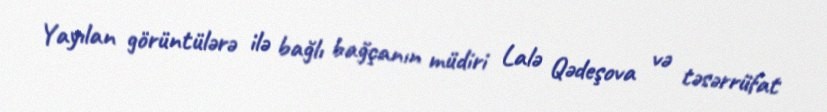
Yayılan görüntülərə ilə bağlı bağçanın müdiri Lalə Qədeşova və təsərrüfat